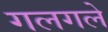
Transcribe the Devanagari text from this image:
गलगले